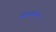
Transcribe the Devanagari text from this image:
फेन्नाधीत्था